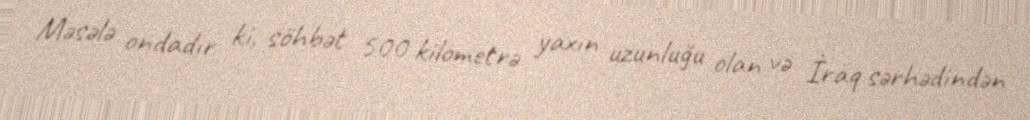
Məsələ ondadır ki, söhbət 500 kilometrə yaxın uzunluğu olan və İraq sərhədindən